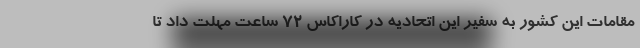
مقامات این کشور به سفیر این اتحادیه در کاراکاس 72 ساعت مهلت داد تا